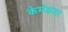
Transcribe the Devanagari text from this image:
केमॅकला